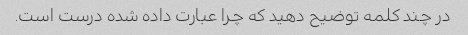
در چند کلمه توضیح دهید که چرا عبارت داده شده درست است.